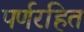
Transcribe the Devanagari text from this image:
पर्णरहित